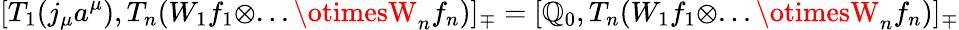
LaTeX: [T_{1}(j_{\mu}a^{\mu}),T_{n}(W_{1}f_{1}\otimes...\otimesW_{n}f_{n})]_{\mp}=[\mathbb{Q}_{0},T_{n}(W_{1}f_{1}\otimes...\otimesW_{n}f_{n})]_{\mp}